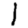
Digit: 1